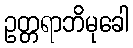
ဥတ္တရာဘိမုခေါ